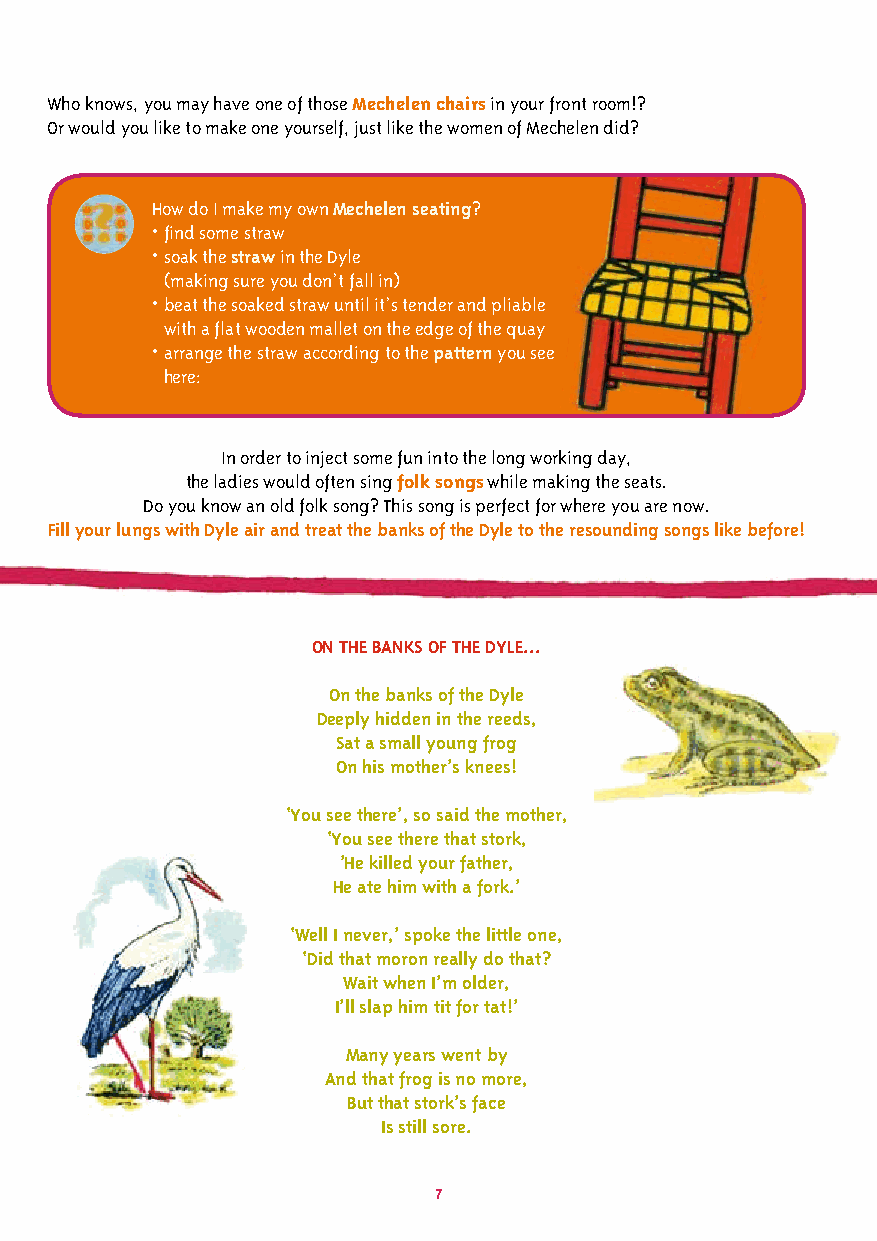
Who knows, you may have one of those Mechelen chairs in your front room!?
 Or would you like to make one yourself, just like the women of Mechelen did?
 How do I make my own Mechelen seating?
 • find some straw
 • soak the straw in the Dyle
 (making sure you don’t fall in)
 • beat the soaked straw until it’s tender and pliable
 with a flat wooden mallet on the edge of the quay
 • arrange the straw according to the pattern you see
 here:
 In order to inject some fun into the long working day,
 the ladies would often sing folk songs while making the seats.
 Do you know an old folk song? This song is perfect for where you are now.
 Fill your lungs with Dyle air and treat the banks of the Dyle to the resounding songs like before!
 ON THE BANKS OF THE DYLE...
 On the banks of the Dyle
 Deeply hidden in the reeds,
 Sat a small young frog
 On his mother’s knees!
 ‘You see there’, so said the mother,
 ‘You see there that stork,
 ’He killed your father,
 He ate him with a fork.’
 ‘Well I never,’ spoke the little one,
 ‘Did that moron really do that?
 Wait when I’m older,
 I’ll slap him tit for tat!’
 Many years went by
 And that frog is no more,
 But that stork’s face
 Is still sore.
 7